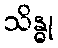
သိန္ဓု